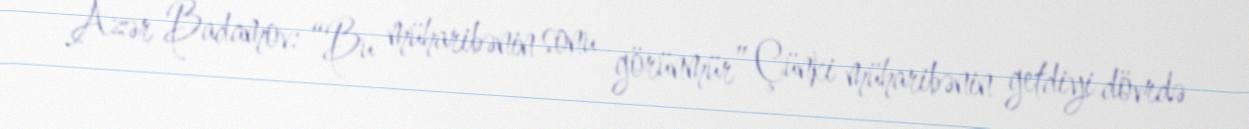
Azər Badamov: “Bu müharibənin sonu görünmür” Çünki müharibənin getdiyi dövrdə